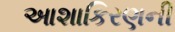
આશાકિરણની